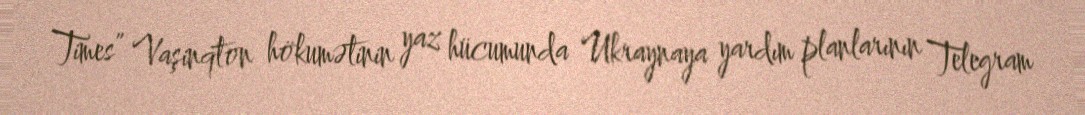
Times” Vaşinqton hökumətinin yaz hücumunda Ukraynaya yardım planlarının Telegram